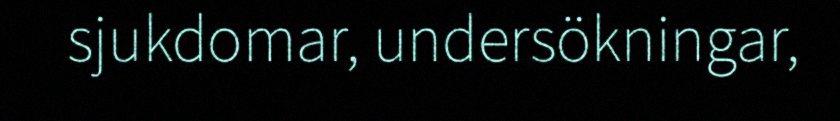
sjukdomar, undersökningar,